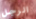
الرجل